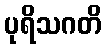
ပုရိသဂတိ